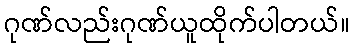
ဂုဏ်လည်းဂုဏ်ယူထိုက်ပါတယ်။